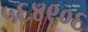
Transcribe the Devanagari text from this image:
५६४९०६